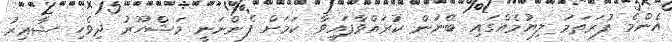
އެންމެ ފުރަތަމަ ލިޔުމެއްގައި ބޭނުން ކުރައްވާފައިވާ ކަމަށް ފެންނަނީ މަޝްހޫރު ދިވެހި ޝާޢިރު